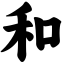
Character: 和